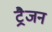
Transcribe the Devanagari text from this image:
ट्रैजन